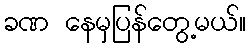
ခဏ နေမှပြန်တွေ့မယ်။